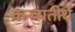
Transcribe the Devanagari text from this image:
कन्व्यतीर्थ